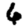
Digit: 6